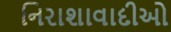
નિરાશાવાદીઓ